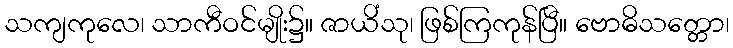
သကျကုလေ၊ သာကီဝင်မျိုး၌။ ဇာယိံသု၊ ဖြစ်ကြကုန်ပြီ။ ဗောဓိသတ္တော၊